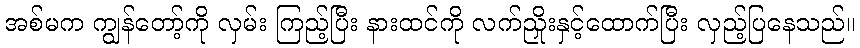
အစ်မက ကျွန်တော့်ကို လှမ်း ကြည့်ပြီး နားထင်ကို လက်ညှိုးနှင့်ထောက်ပြီး လှည့်ပြနေသည်။